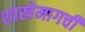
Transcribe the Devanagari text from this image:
शाखेमागची